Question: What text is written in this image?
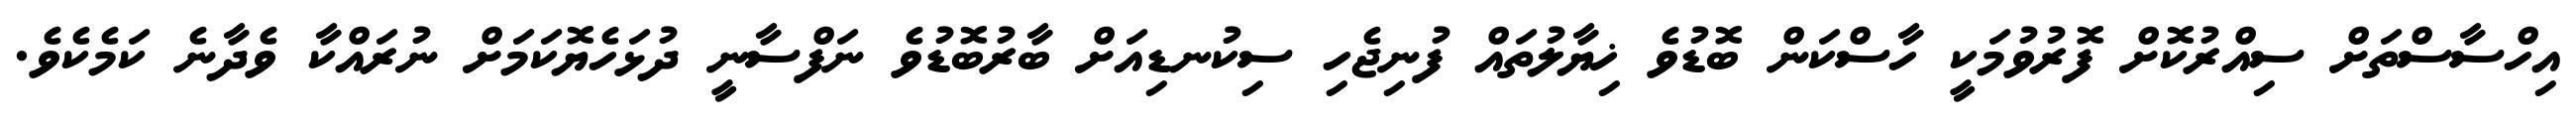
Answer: އިހްސާސްތަށް ސިއްރުކޮށް ފޮރުވުމަކީ ހާސްކަން ބޮޑުވެ ޚިޔާލުތައް ފުނިޖެހި ސިކުނޑިއަށް ބާރުބޮޑުވެ ނަފްސާނީ ދުޅަހެޔޮކަމަށް ނުރައްކާ ވެދާނެ ކަމެކެވެ.